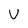
Character: V